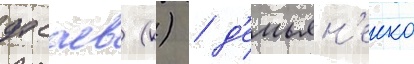
дасаев (к) / д'емьян'енко